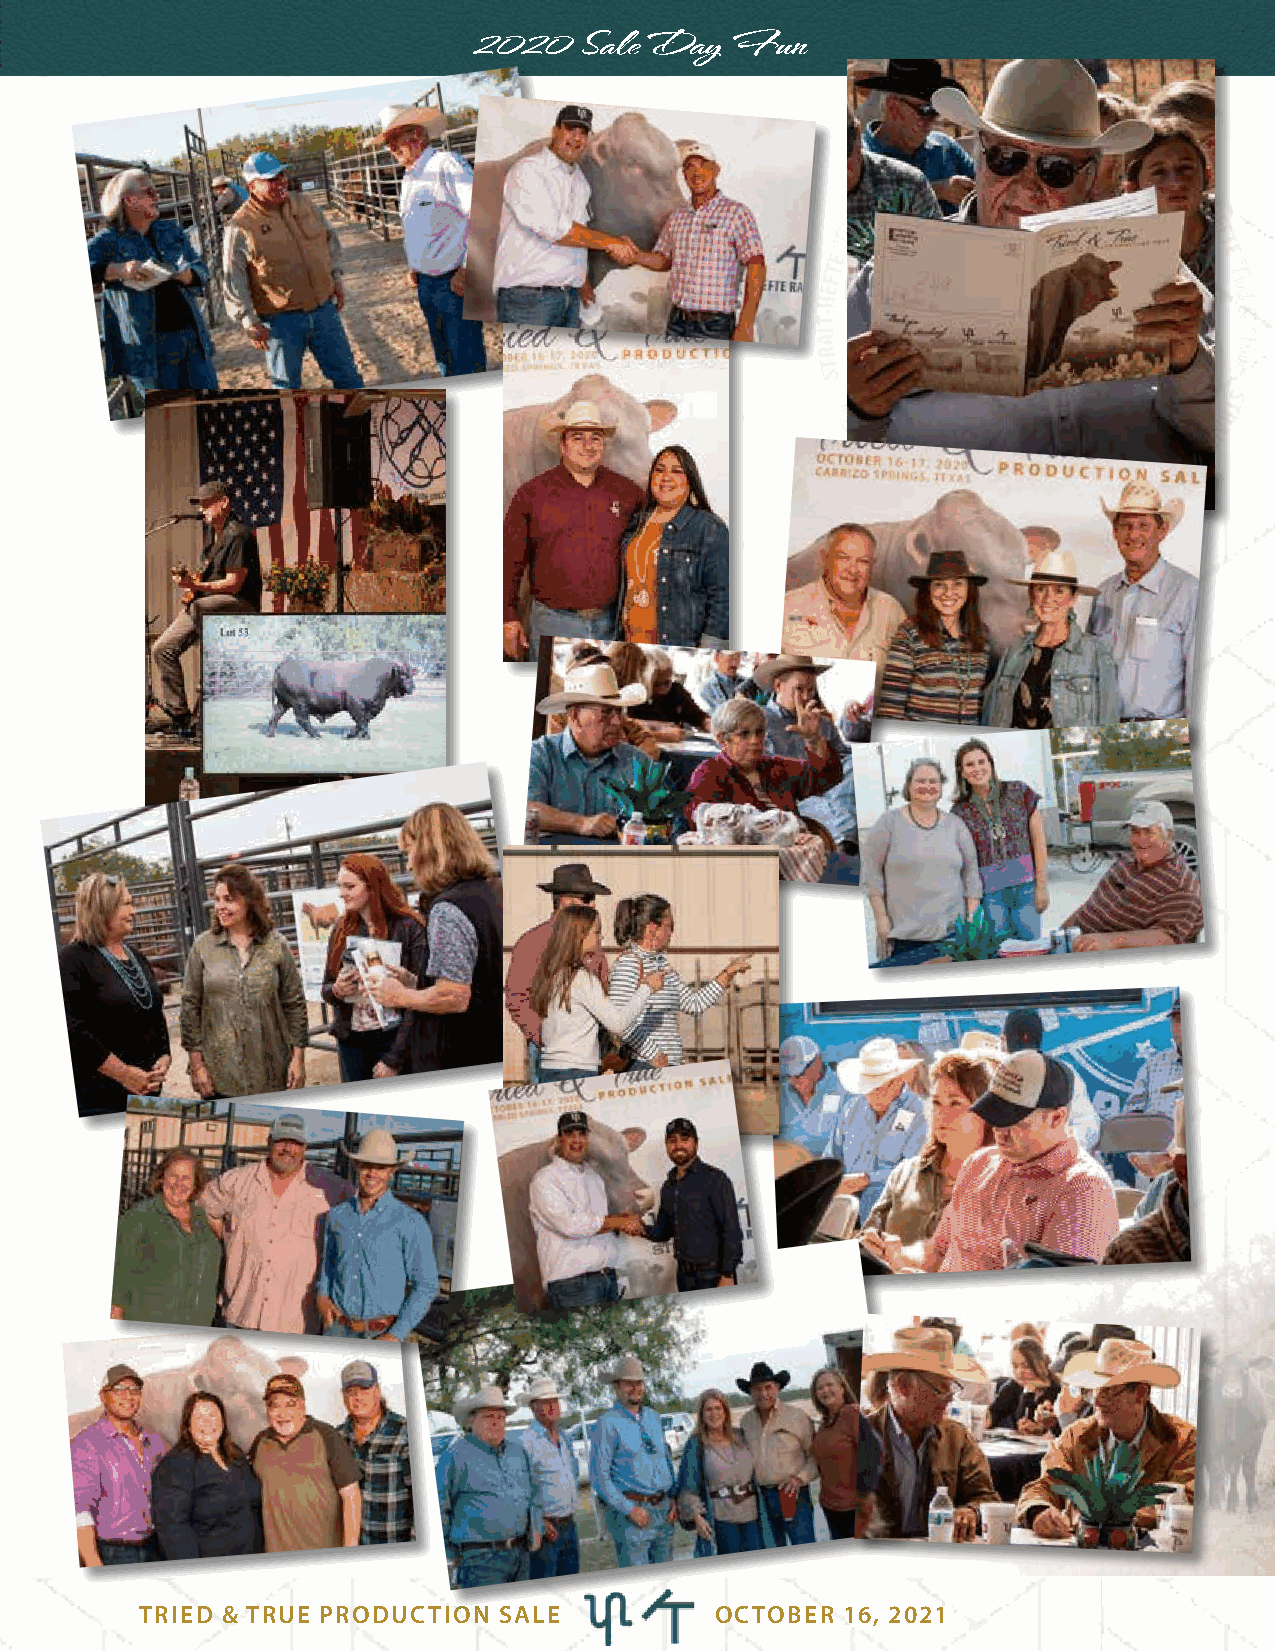
2020    Sale Day Fun
 TRIED & TRUE PRODUCTION SALE          OCTOBER  16, 2021